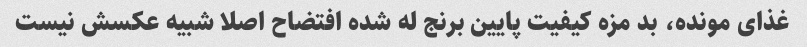
غذای مونده، بد مزه کیفیت پایین برنج له شده افتضاح اصلا شبیه عکسش نیست